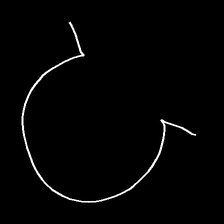
Glyph: weave